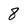
Character: 8